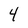
Character: 4